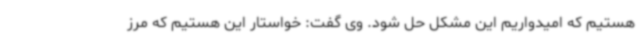
هستیم که امیدواریم این مشکل حل شود. وی گفت: خواستار این هستیم که مرز